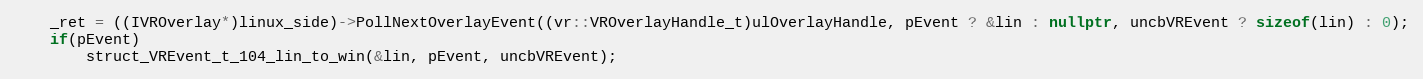
Language: C++
    _ret = ((IVROverlay*)linux_side)->PollNextOverlayEvent((vr::VROverlayHandle_t)ulOverlayHandle, pEvent ? &lin : nullptr, uncbVREvent ? sizeof(lin) : 0);
    if(pEvent)
        struct_VREvent_t_104_lin_to_win(&lin, pEvent, uncbVREvent);